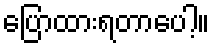
ပြောထားရတာပေါ့။